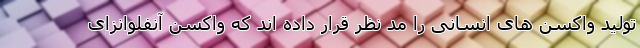
تولید واکسن های انسانی را مد نظر قرار داده اند که واکسن آنفلوانزای